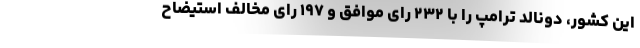
این کشور، دونالد ترامپ را با ۲۳۲ رای موافق و ۱۹۷ رای مخالف استیضاح